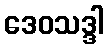
ဒေဝသဒ္ဒါ